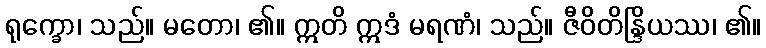
ရုက္ခော၊ သည်။ မတော၊ ၏။ ဣတိ ဣဒံ မရဏံ၊ သည်။ ဇီဝိတိန္ဒြိယဿ၊ ၏။